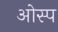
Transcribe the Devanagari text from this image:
ओस्प